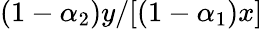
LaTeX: (1-\alpha_{2})y/[(1-\alpha_{1})x]